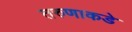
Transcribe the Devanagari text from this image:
तरुणाकडे